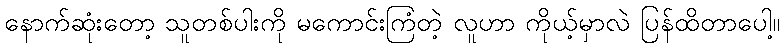
နောက်ဆုံးတော့ သူတစ်ပါးကို မကောင်းကြံတဲ့ လူဟာ ကိုယ့်မှာလဲ ပြန်ထိတာပေါ့။